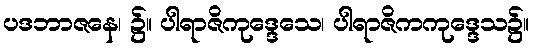
ပဒဘာဇနေ၊ ၌။ ပါရာဇိကုဒ္ဒေသေ၊ ပါရာဇိကကုဒ္ဒေသ၌။